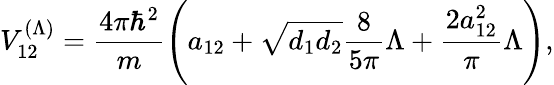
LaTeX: V_{\mathrm{12}}^{(\Lambda)}=\frac{4\pi\hbar^{2}}{m}\left(a_{\mathrm{12}}+\sqrt{d_{1}d_{2}}\frac{8}{5\pi}\Lambda+\frac{2a_{\mathrm{12}}^{2}}{\pi}\Lambda\right),